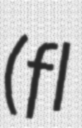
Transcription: (fl